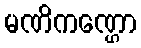
မဏိကဏ္ဌော